On kala azar, malaria and malarial cachexia - Number 19
Disease focus: Malaria
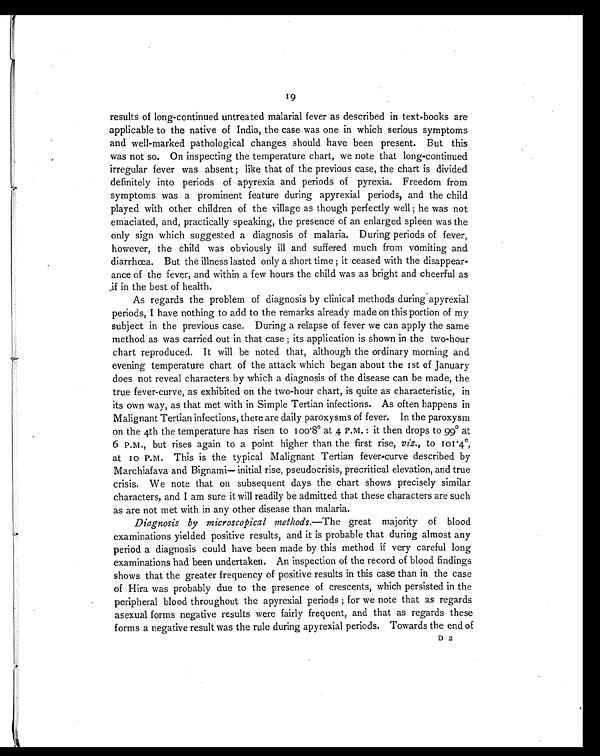
19
results of long-continued untreated malarial fever as described in text-books are
applicable to the native of India, the case was one in which serious symptoms
and well-marked pathological changes should have been present. But this
was not so. On inspecting the temperature chart, we note that long-continued
irregular fever was absent ; like that of the previous case, the chart is divided
definitely into periods of apyrexia and periods of pyrexia. Freedom from
symptoms was a prominent feature during apyrexial periods, and the child
played with other children of the village as though perfectly well ; he was not
emaciated, and, practically speaking, the presence of an enlarged spleen was the
only sign which suggested a diagnosis of malaria. During periods of fever,
however, the child was obviously ill and suffered much from vomiting and
diarrhœa. But the illness lasted only a short time ; it ceased with the disappear-
ance of the fever, and within a few hours the child was as bright and cheerful as
if in the best of health.
As regards the problem of diagnosis by clinical methods during apyrexial
periods, I have nothing to add to the remarks already made on this portion of my
subject in the previous case. During a relapse of fever we can apply the same
method as was carried out in that case ; its application is shown in the two-hour
chart reproduced. It will be noted that, although the ordinary morning and
evening temperature chart of the attack which began about the 1st of January
does not reveal characters by which a diagnosis of the disease can be made, the
true fever-curve, as exhibited on the two-hour chart, is quite as characteristic, in
its own way, as that met with in Simple Tertian infections. As often happens in
Malignant Tertian infections, there are daily paroxysms of fever. In the paroxysm
on the 4th the temperature has risen to 100.8º at 4 P.M.: it then drops to 99° at
6 P.M., but rises again to a point higher than the first rise, viz., to 101.4°,
at 10 P.M. This is the typical Malignant Tertian fever-curve described by
Marchiafava and Bignami—initial rise, pseudocrisis, precritical elevation, and true
crisis. We note that on subsequent days the chart shows precisely similar
characters, and I am sure it will readily be admitted that these characters are such
as are not met with in any other disease than malaria.
Diagnosis by microscopical methods. —The great majority of blood
examinations yielded positive results, and it is probable that during almost any
period a diagnosis could have been made by this method if very careful long
examinations had been undertaken. An inspection of the record of blood findings
shows that the greater frequency of positive results in this case than in the case
of Hira was probably due to the presence of crescents, which persisted in the
peripheral blood throughout the apyrexial periods ; for we note that as regards
asexual forms negative results were fairly frequent, and that as regards these
forms a negative result was the rule during apyrexial periods. Towards the end of
D 2